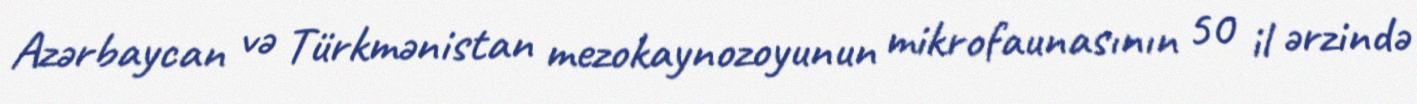
Azərbaycan və Türkmənistan mezokaynozoyunun mikrofaunasının 50 il ərzində